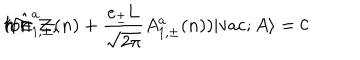
( i \hat { \Pi } _ { 1 , \pm } ^ { a } ( n ) + \frac { e _ { \pm } \mathrm { L } } { \sqrt { 2 \pi } } A _ { 1 , \pm } ^ { a } ( n ) ) | \mathrm { v a c } ; A \rangle = 0 \hspace { 5 m m } \mathrm { f o r } \hspace { 5 m m } n \in \cal Z ,